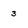
Character: 3